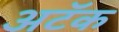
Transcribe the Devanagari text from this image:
अटॅक